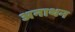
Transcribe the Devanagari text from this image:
अनाथन